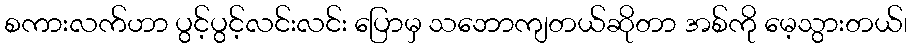
စကားလက်ဟာ ပွင့်ပွင့်လင်းလင်း ပြောမှ သဘောကျတယ်ဆိုတာ အစ်ကို မေ့သွားတယ်၊